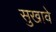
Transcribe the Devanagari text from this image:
सुखावे